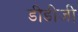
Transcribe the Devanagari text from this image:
डीडीजी